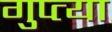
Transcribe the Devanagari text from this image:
गुप्‍त्या